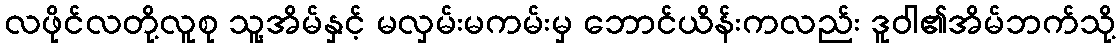
လဖိုင်လတို့လူစု သူ့အိမ်နှင့် မလှမ်းမကမ်းမှ ဘောင်ယိန်းကလည်း ဒူဝါ၏အိမ်ဘက်သို့